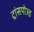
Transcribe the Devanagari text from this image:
ट्रांसपोज्ड